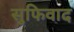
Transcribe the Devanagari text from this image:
सुफिवाद